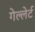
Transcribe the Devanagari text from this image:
गेल्लेर्ट